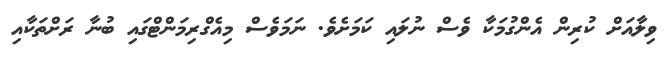
ވިލާއަށް ކުރިން އެންގުމަކާ ވެސް ނުލައި ކަމަށެވެ. ނަމަވެސް މިއެގްރިމަންޓްގައި ބުނާ ރަށްތަކާއި